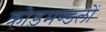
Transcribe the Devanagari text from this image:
क्रोड़मण्डलों